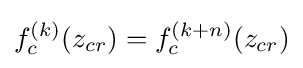
f_{c}^{(k)}(z_{cr})=f_{c}^{(k+n)}(z_{cr})